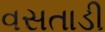
વસતાડી